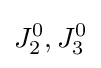
J_{2}^{0},J_{3}^{0}